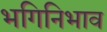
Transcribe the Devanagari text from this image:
भगिनिभाव